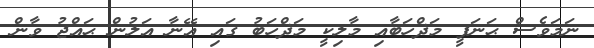
ނަމަވެސް ޙަނަފީ މަޛްހަބާއި މާލިކީ މަޛްހަބު ގައި އޭނާ އަލުން ޙައްޖު ވާން